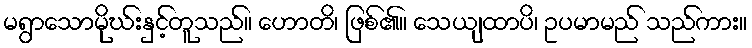
မရွာသောမိုဃ်းနှင့်တူသည်။ ဟောတိ၊ ဖြစ်၏။ သေယျထာပိ၊ ဥပမာမည် သည်ကား။